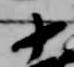
十